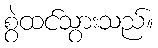
စွဲထင်သွားသည်။